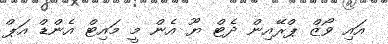
އައި ވޯޒް ޕްރޭއިން ދެޓް ޔޫ އެން މީ މައިޓް އެންޑް އަޕް